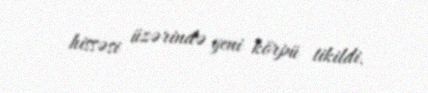
hissəsi üzərində yeni körpü tikildi.